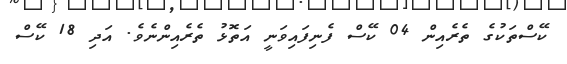
ކޭސްތަކުގެ ތެރެއިން 04 ކޭސް ފެނިފައިވަނީ އަތޮޅު ތެރެއިންނެވެ. އަދި 18 ކޭސް